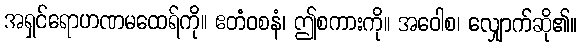
အရှင်ရောဟဏမထေရ်ကို။ ဧတံဝစနံ၊ ဤစကားကို။ အဝေါစ၊ လျှောက်ဆို၏။